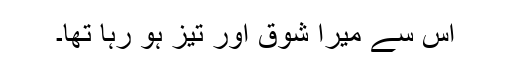
اس سے میرا شوق اور تیز ہو رہا تھا۔